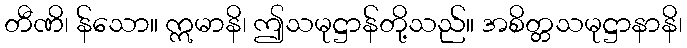
တီဏိ၊ န်သော။ ဣမာနိ၊ ဤသမုဋ္ဌာန်တို့သည်။ အစိတ္တသမုဋ္ဌာနာနိ၊